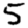
Digit: 5